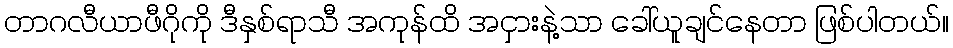
တာဂလီယာဖီဂိုကို ဒီနှစ်ရာသီ အကုန်ထိ အငှားနဲ့သာ ခေါ်ယူချင်နေတာ ဖြစ်ပါတယ်။